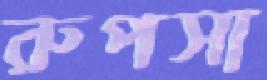
রুপসা